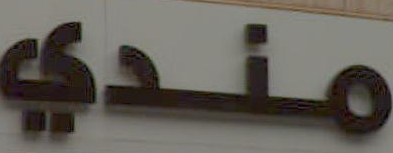
مندي